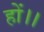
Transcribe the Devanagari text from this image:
हों।।